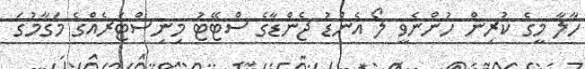
ހާލާ މީގެ ކުރިން ހުންނެވީ ލޯ އެންޑު ޖެންޑާގެ ސްޓޭޓު މިނިސްޓަރެއްގެ މަގާމުގަ